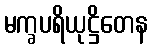
မက္ခပရိယုဋ္ဌိတေန